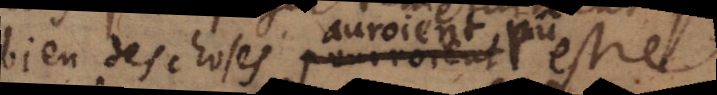
bien des choses pourroient auroient pû estre